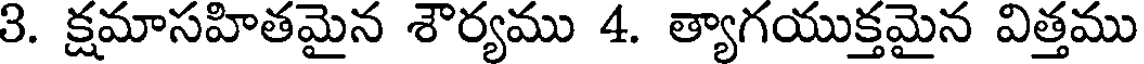
3. క్షమాసహితమైన శౌర్యము 4. త్యాగయుక్తమైన విత్తము